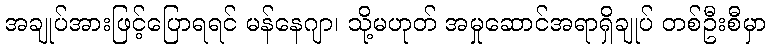
အချုပ်အားဖြင့်ပြောရရင် မန်နေဂျာ၊ သို့မဟုတ် အမှုဆောင်အရာရှိချုပ် တစ်ဦးစီမှာ